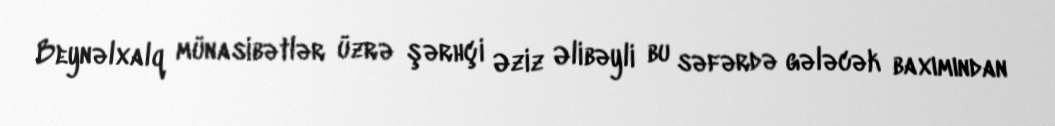
Beynəlxalq münasibətlər üzrə şərhçi Əziz Əlibəyli bu səfərdə gələcək baxımından